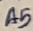
Text: A5